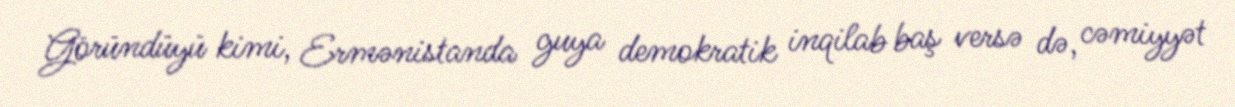
Göründüyü kimi, Ermənistanda guya demokratik inqilab baş versə də, cəmiyyət